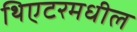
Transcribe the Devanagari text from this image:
थिएटरमधील